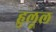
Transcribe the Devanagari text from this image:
हुलूल